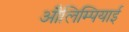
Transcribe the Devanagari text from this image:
औलिम्पियाई